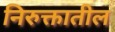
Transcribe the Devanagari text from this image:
निरुक्तातील